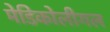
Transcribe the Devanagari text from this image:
मेडिकोलीगल